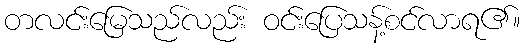
တလင်းမြေသည်လည်း ဝင်းပြေသန့်စင်လာရ၏။